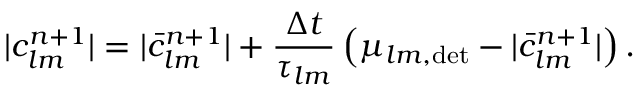
| c _ { l m } ^ { n + 1 } | = | \bar { c } _ { l m } ^ { n + 1 } | + \frac { \Delta t } { \tau _ { l m } } \left( \mu _ { l m , \mathrm { d e t } } - | \bar { c } _ { l m } ^ { n + 1 } | \right) .